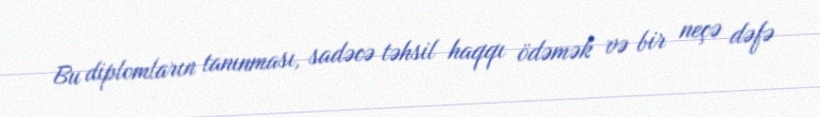
Bu diplomların tanınması, sadəcə təhsil haqqı ödəmək və bir neçə dəfə